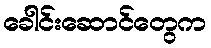
ခေါင်းဆောင်တွေက